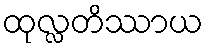
ထုလ္လတိဿာယ